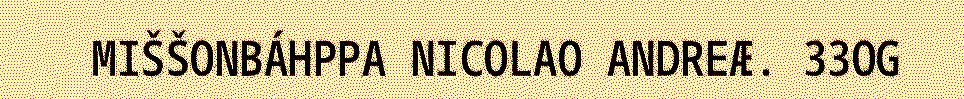
MIŠŠONBÁHPPA NICOLAO ANDREÆ. 33OG